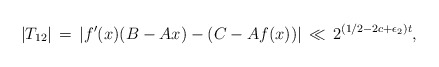
\begin{align*} |T_{12}| \, = \, |f^\prime(x)(B-Ax)-(C-Af(x))| \, \ll \, 2^{(1/2-2c+\epsilon_2)t},\end{align*}